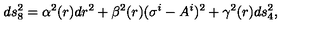
d s _ { 8 } ^ { 2 } = \alpha ^ { 2 } ( r ) d r ^ { 2 } + \beta ^ { 2 } ( r ) ( \sigma ^ { i } - A ^ { i } ) ^ { 2 } + \gamma ^ { 2 } ( r ) d s _ { 4 } ^ { 2 } ,